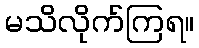
မသိလိုက်ကြရ။